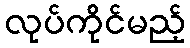
လုပ်ကိုင်မည့်